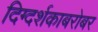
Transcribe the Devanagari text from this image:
दिग्दर्शकाबरोबर